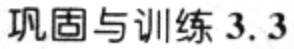
巩固与训练 3.3